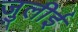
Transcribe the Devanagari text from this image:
जुलीई